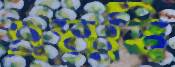
এমবি